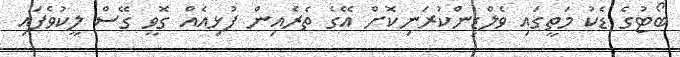
ބޯޓުގެ ޑެކު މަތީގައި ވެލްޑިންކުރަނިކޮށް އޭގެ ތެރެއިން ފުޅިއެއް ގޮވީ ގޭސް ލީކުވެފައި